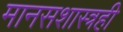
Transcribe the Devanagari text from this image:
मानसशास्त्रही